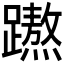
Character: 𮜡